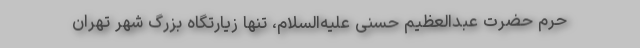
حرم حضرت عبدالعظیم حسنی علیه‌السلام، تنها زیارتگاه بزرگ شهر تهران